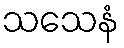
သသေနံ